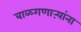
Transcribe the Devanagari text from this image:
बाळगणाऱ्यांना